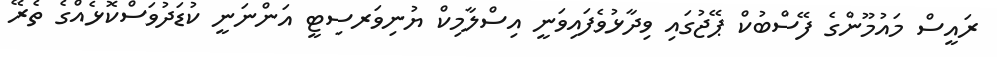
ރައީސް މައުމޫންގެ ފޭސްބުކް ޕޭޖުގައި ވިދާޅުވެފައިވަނީ އިސްލާމިކް ޔުނިވަރސިޓީ އަންނަނީ ކުޑަދުވަސްކޮޅެއްގެ ތެރޭ